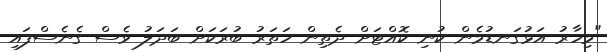
"މިހާރު އަޅުގަނޑުމެން ކުނި ކޮއްޓަށް ދެތިން ހަތަރު ބުރަކަށް ބަދަލު ވެސް ގެނެސްފައި